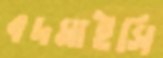
বদমাইসি